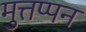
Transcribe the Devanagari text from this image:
मुत्तप्पन